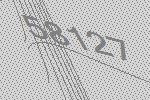
58127